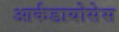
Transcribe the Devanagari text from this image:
आर्कडायोसेस